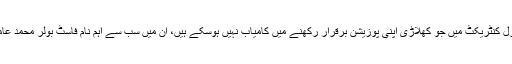
نئے سینٹرل کنٹریکٹ میں جو کھلاڑی اپنی پوزیشن برقرار رکھنے میں کامیاب نہیں ہوسکے ہیں، ان میں سب سے اہم نام فاسٹ بولر محمد عامر کا ہے۔